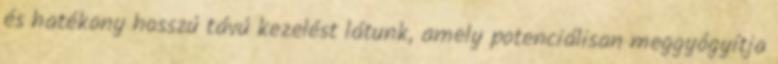
és hatékony hosszú távú kezelést látunk, amely potenciálisan meggyógyítja